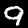
Digit: 9